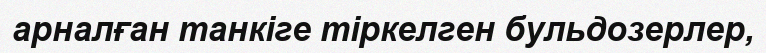
арналған танкіге тіркелген бульдозерлер,